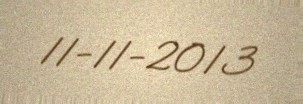
11-11-2013